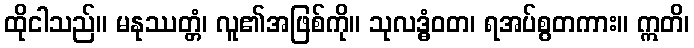
ထိုငါသည်။ မနုဿတ္တံ၊ လူ၏အဖြစ်ကို။ သုလဒ္ဓံဝတ၊ ရအပ်စွတကား။ ဣတိ၊